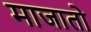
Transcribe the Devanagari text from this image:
माजातो